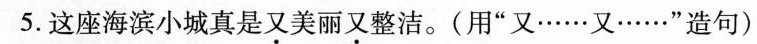
5.这座海滨小城真是又美丽又整洁。(用”又……又……”造句)